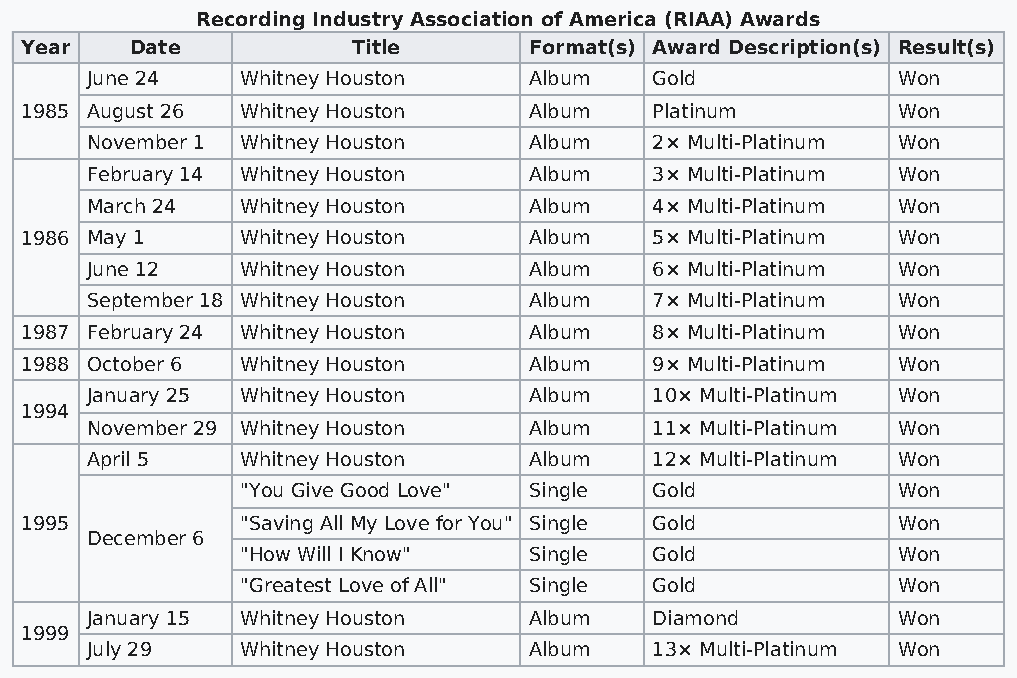
Recording Industry Association of America (RIAA) Awards
 Year    Date          Title       Format(s) Award Description(s) Result(s)
 June 24   Whitney Houston    Album   Gold            Won
 1985 August 26 Whitney Houston    Album   Platinum        Won
 November 1 Whitney Houston   Album   2× Multi-Platinum Won
 February 14 Whitney Houston  Album   3× Multi-Platinum Won
 March 24  Whitney Houston    Album   4× Multi-Platinum Won
 1986 May 1     Whitney Houston    Album   5× Multi-Platinum Won
 June 12   Whitney Houston    Album   6× Multi-Platinum Won
 September 18 Whitney Houston Album   7× Multi-Platinum Won
 1987 February 24 Whitney Houston  Album   8× Multi-Platinum Won
 1988 October 6 Whitney Houston    Album   9× Multi-Platinum Won
 January 25 Whitney Houston   Album   10× Multi-Platinum Won
 1994
 November 29 Whitney Houston  Album   11× Multi-Platinum Won
 April 5   Whitney Houston    Album   12× Multi-Platinum Won
 "You Give Good Love" Single Gold           Won
 1995           "Saving All My Love for You" Single Gold   Won
 December 6
 "How Will I Know"  Single  Gold            Won
 "Greatest Love of All" Single Gold         Won
 January 15 Whitney Houston   Album   Diamond         Won
 1999
 July 29   Whitney Houston    Album   13× Multi-Platinum Won